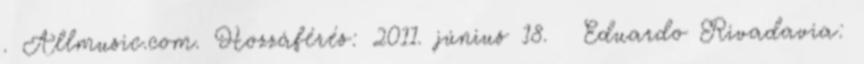
. Allmusic.com. Hozzáférés: 2011. június 18. ↑ Eduardo Rivadavia: